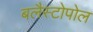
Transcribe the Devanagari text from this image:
बलैस्टोपोल